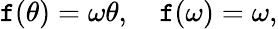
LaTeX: \mathtt{f}(\theta)=\omega\theta,\quad\mathtt{f}(\omega)=\omega,